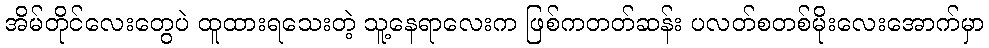
အိမ်တိုင်လေးတွေပဲ ထူထားရသေးတဲ့ သူ့နေရာလေးက ဖြစ်ကတတ်ဆန်း ပလတ်စတစ်မိုးလေးအောက်မှာ